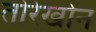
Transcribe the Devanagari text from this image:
तोरेखोन